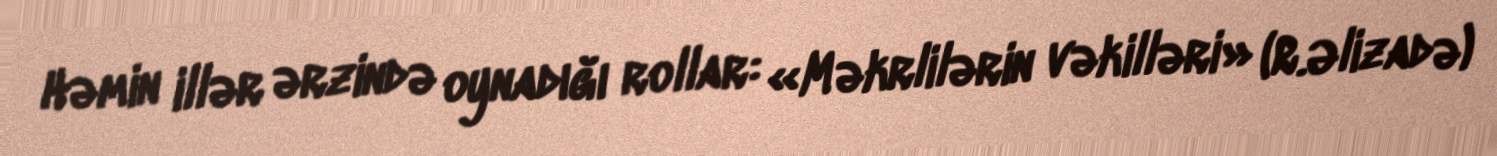
Həmin illər ərzində oynadığı rollar: «Məkrlilərin vəkilləri» (R.Əlizadə)